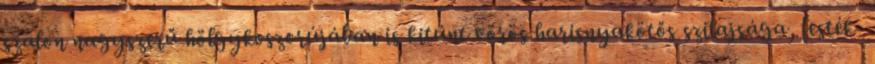
szalon nagyszerű hölgykoszorújában is kitűnt vörös harisnyakötős szilajsága, festék-